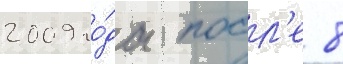
2009 го́да посл'е 8